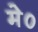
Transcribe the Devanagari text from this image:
मे०